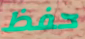
حفظ